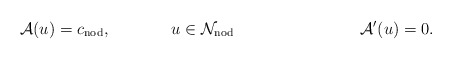
\begin{align*} \mathcal{A} (u) &= c_{\mathrm{nod}}, & u &\in \mathcal{N}_{\mathrm{nod}}& && \mathcal{A}'(u) &= 0 .\end{align*}